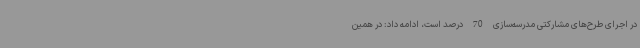
در اجرای طرح‌های مشارکتی مدرسه‌سازی 70 درصد است، ادامه داد: در همین